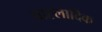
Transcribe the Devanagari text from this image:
आह्लादिक